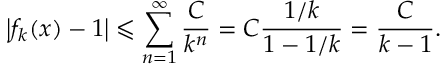
\left| f _ { k } ( x ) - 1 \right| \leqslant \sum _ { n = 1 } ^ { \infty } { \frac { C } { k ^ { n } } } = C { \frac { 1 / k } { 1 - 1 / k } } = { \frac { C } { k - 1 } } .